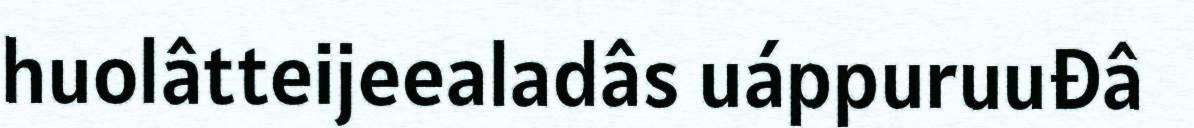
huolâtteijeealadâs uáppuruuđâ